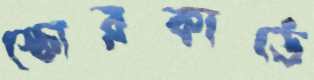
স্কোরকার্ডে